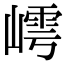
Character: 嶀